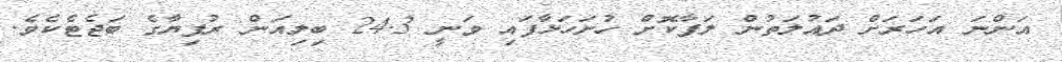
އަންނަ އަހަރަށް ދައުލަތުން ލަފާކޮށްް ހުށަހަޅާފައި ވަނީ 24.3 ބިލިއަން ރުފިޔާގެ ބަޖެޓެކެވެ.